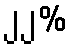
၂၂%